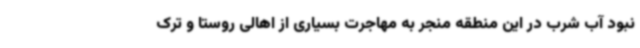
نبود آب شرب در این منطقه منجر به مهاجرت بسیاری از اهالی روستا و ترک